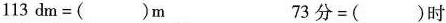
$$1 1 3 d m = ( ) m$$ $$7 3 分 = ( ) 时$$